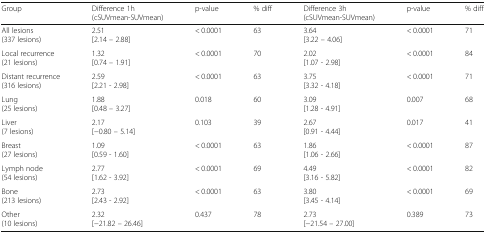
<table><thead><tr><td><b>Group</b></td><td><b>Difference 1h(cSUVmean-SUVmean)</b></td><td><b>p-value</b></td><td><b>% diff</b></td><td><b>Difference 3h(cSUVmean-SUVmean)</b></td><td><b>p-value</b></td><td><b>% diff</b></td></tr></thead><tbody><tr><td>All lesions(337 lesions)</td><td>2.51[2.14 – 2.88]</td><td>&lt; 0.0001</td><td>63</td><td>3.64[3.22 – 4.06]</td><td>&lt; 0.0001</td><td>71</td></tr><tr><td>Local recurrence(21 lesions)</td><td>1.32[0.74 – 1.91]</td><td>&lt; 0.0001</td><td>70</td><td>2.02[1.07 - 2.98]</td><td>&lt; 0.0001</td><td>84</td></tr><tr><td>Distant recurrence(316 lesions)</td><td>2.59[2.21 - 2.98]</td><td>&lt; 0.0001</td><td>63</td><td>3.75[3.32 - 4.18]</td><td>&lt; 0.0001</td><td>71</td></tr><tr><td>Lung(25 lesions)</td><td>1.88[0.48 – 3.27]</td><td>0.018</td><td>60</td><td>3.09[1.28 - 4.91]</td><td>0.007</td><td>68</td></tr><tr><td>Liver(7 lesions)</td><td>2.17[−0.80 – 5.14]</td><td>0.103</td><td>39</td><td>2.67[0.91 - 4.44]</td><td>0.017</td><td>41</td></tr><tr><td>Breast(27 lesions)</td><td>1.09[0.59 - 1.60]</td><td>&lt; 0.0001</td><td>63</td><td>1.86[1.06 - 2.66]</td><td>&lt; 0.0001</td><td>87</td></tr><tr><td>Lymph node(54 lesions)</td><td>2.77[1.62 - 3.92]</td><td>&lt; 0.0001</td><td>69</td><td>4.49[3.16 - 5.82]</td><td>&lt; 0.0001</td><td>82</td></tr><tr><td>Bone(213 lesions)</td><td>2.73[2.43 - 2.92]</td><td>&lt; 0.0001</td><td>63</td><td>3.80[3.45 - 4.14]</td><td>&lt; 0.0001</td><td>69</td></tr><tr><td>Other(10 lesions)</td><td>2.32[−21.82 – 26.46]</td><td>0.437</td><td>78</td><td>2.73[−21.54 – 27.00]</td><td>0.389</td><td>73</td></tr></tbody></table>